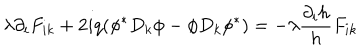
\lambda \partial _ { i } F _ { i k } + 2 i q ( \phi ^ { \ast } D _ { k } \phi - \phi D _ { k } \phi ^ { \ast } ) = - \lambda \frac { \partial _ { i } h } { h } F _ { i k }